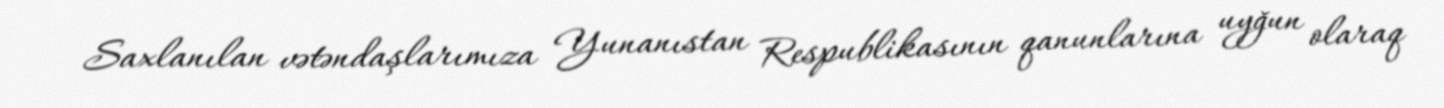
Saxlanılan vətəndaşlarımıza Yunanıstan Respublikasının qanunlarına uyğun olaraq